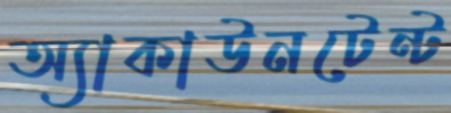
অ্যাকাউনটেন্ট